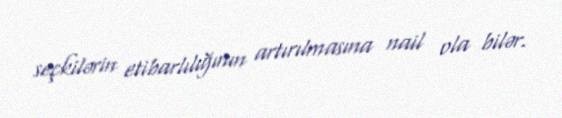
seçkilərin etibarlılığının artırılmasına nail ola bilər.